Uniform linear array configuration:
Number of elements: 24
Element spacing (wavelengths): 0.75
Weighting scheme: exponential
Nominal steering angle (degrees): -45
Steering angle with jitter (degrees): -45.877
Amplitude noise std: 0.05
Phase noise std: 0.05

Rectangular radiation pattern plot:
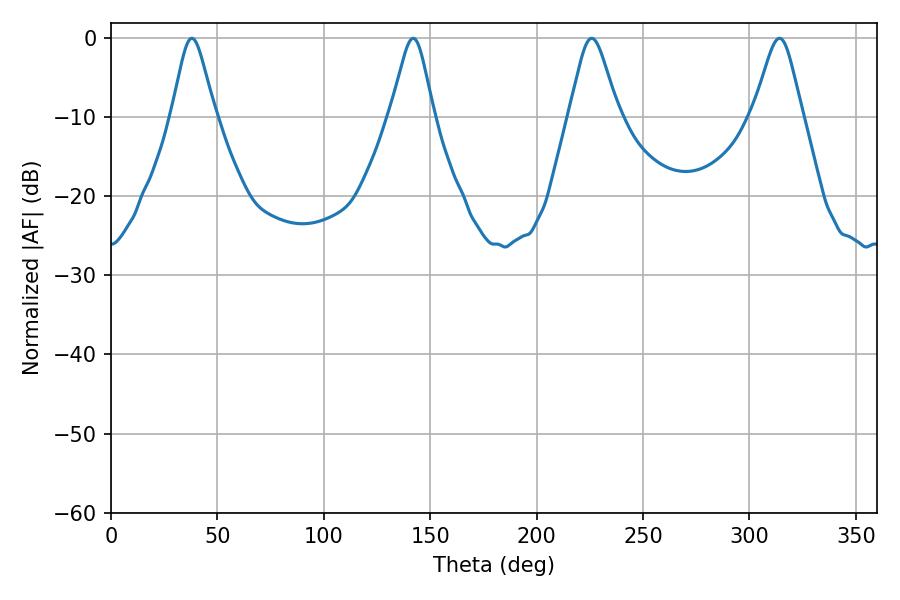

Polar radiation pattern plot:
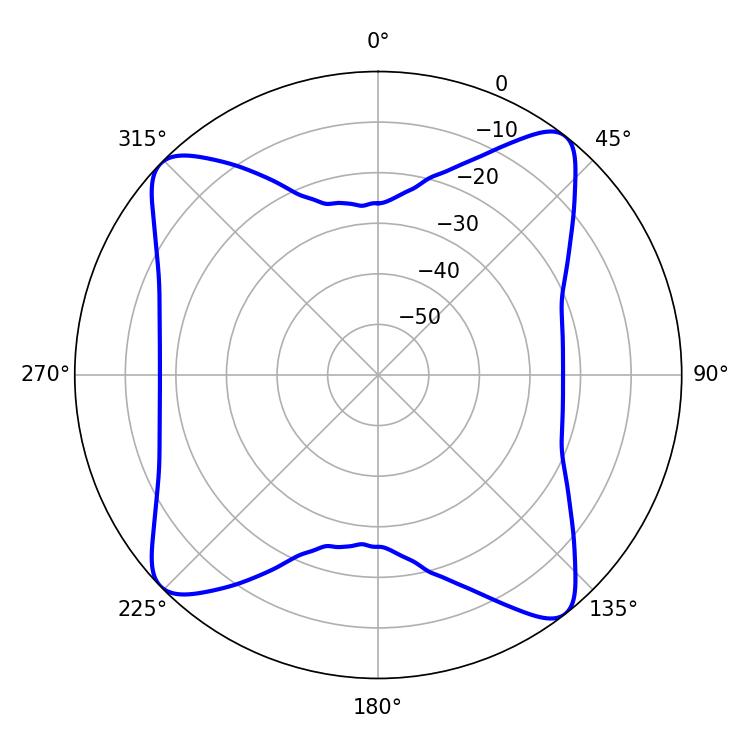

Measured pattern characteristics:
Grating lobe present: TRUE
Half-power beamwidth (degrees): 9.72
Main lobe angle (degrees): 37.98